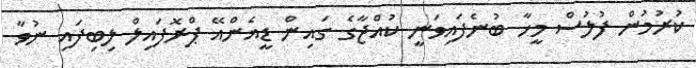
ކުރުމުން ފުލުސް މީހާ ބުނެފައިވަނީ ކުއްޖާގެ ގައިން ޑީއެންއޭ ޕްރޮފައިލް ލިބިފައި ނުވާ